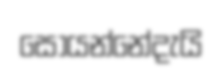
සොයන්නේදැයි